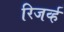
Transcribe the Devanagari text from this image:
रिजर्व्ह